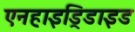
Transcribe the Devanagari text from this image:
एनहाइड्रिडाइड